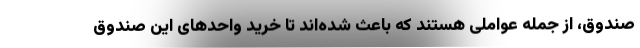
صندوق، از جمله عواملی هستند که باعث شده‌اند تا خرید واحدهای این صندوق